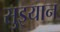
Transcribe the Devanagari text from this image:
सुइयान